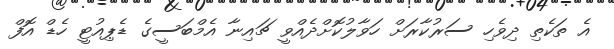
އެ ތަކެތި ދިވެހި ސަރުކާރަށް ހަވާލުކޮށްދެއްވީ ޗައިނާ އެމްބަސީގެ ޑެޕިއުޓީ ހެޑް އޮފް